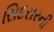
સિદસરની